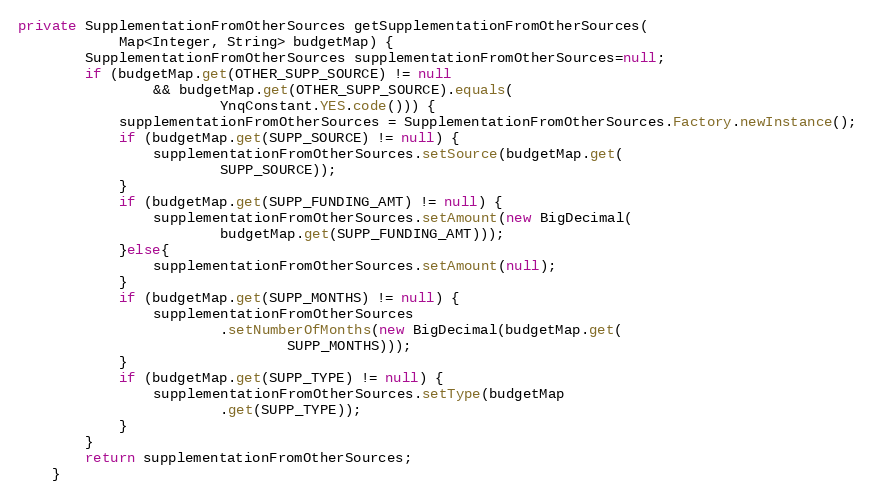
Language: Java
private SupplementationFromOtherSources getSupplementationFromOtherSources(
			Map<Integer, String> budgetMap) {
	    SupplementationFromOtherSources supplementationFromOtherSources=null;
		if (budgetMap.get(OTHER_SUPP_SOURCE) != null
				&& budgetMap.get(OTHER_SUPP_SOURCE).equals(
						YnqConstant.YES.code())) {
	        supplementationFromOtherSources = SupplementationFromOtherSources.Factory.newInstance();
			if (budgetMap.get(SUPP_SOURCE) != null) {
				supplementationFromOtherSources.setSource(budgetMap.get(
						SUPP_SOURCE));
			}
			if (budgetMap.get(SUPP_FUNDING_AMT) != null) {
				supplementationFromOtherSources.setAmount(new BigDecimal(
						budgetMap.get(SUPP_FUNDING_AMT)));
			}else{
			    supplementationFromOtherSources.setAmount(null);
			}
			if (budgetMap.get(SUPP_MONTHS) != null) {
				supplementationFromOtherSources
						.setNumberOfMonths(new BigDecimal(budgetMap.get(
								SUPP_MONTHS)));
			}
			if (budgetMap.get(SUPP_TYPE) != null) {
				supplementationFromOtherSources.setType(budgetMap
						.get(SUPP_TYPE));
			}
		}
		return supplementationFromOtherSources;
	}